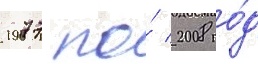
1977 по́ 2008 го́д